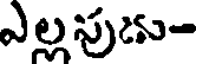
ఎల్లపుడు-